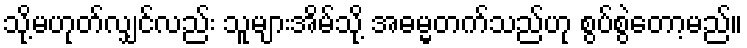
သို့မဟုတ်လျှင်လည်း သူများအိမ်သို့ အဓမ္မတက်သည်ဟု စွပ်စွဲတော့မည်။